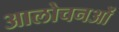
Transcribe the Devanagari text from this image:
आलोचनओं